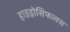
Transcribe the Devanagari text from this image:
हाइड्रोसिफलस